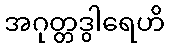
အဂုတ္တဒွါရေဟိ